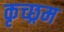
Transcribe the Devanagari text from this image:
कृच्छ्रम